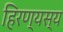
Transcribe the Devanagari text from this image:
हिरण्यस्य